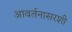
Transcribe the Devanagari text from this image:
आवर्तनासरशी